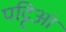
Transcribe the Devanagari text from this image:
पट्टिआं